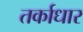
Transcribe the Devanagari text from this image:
तर्काधार